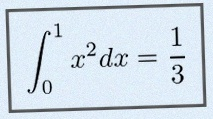
\int_0^1 x^2dx=\frac13